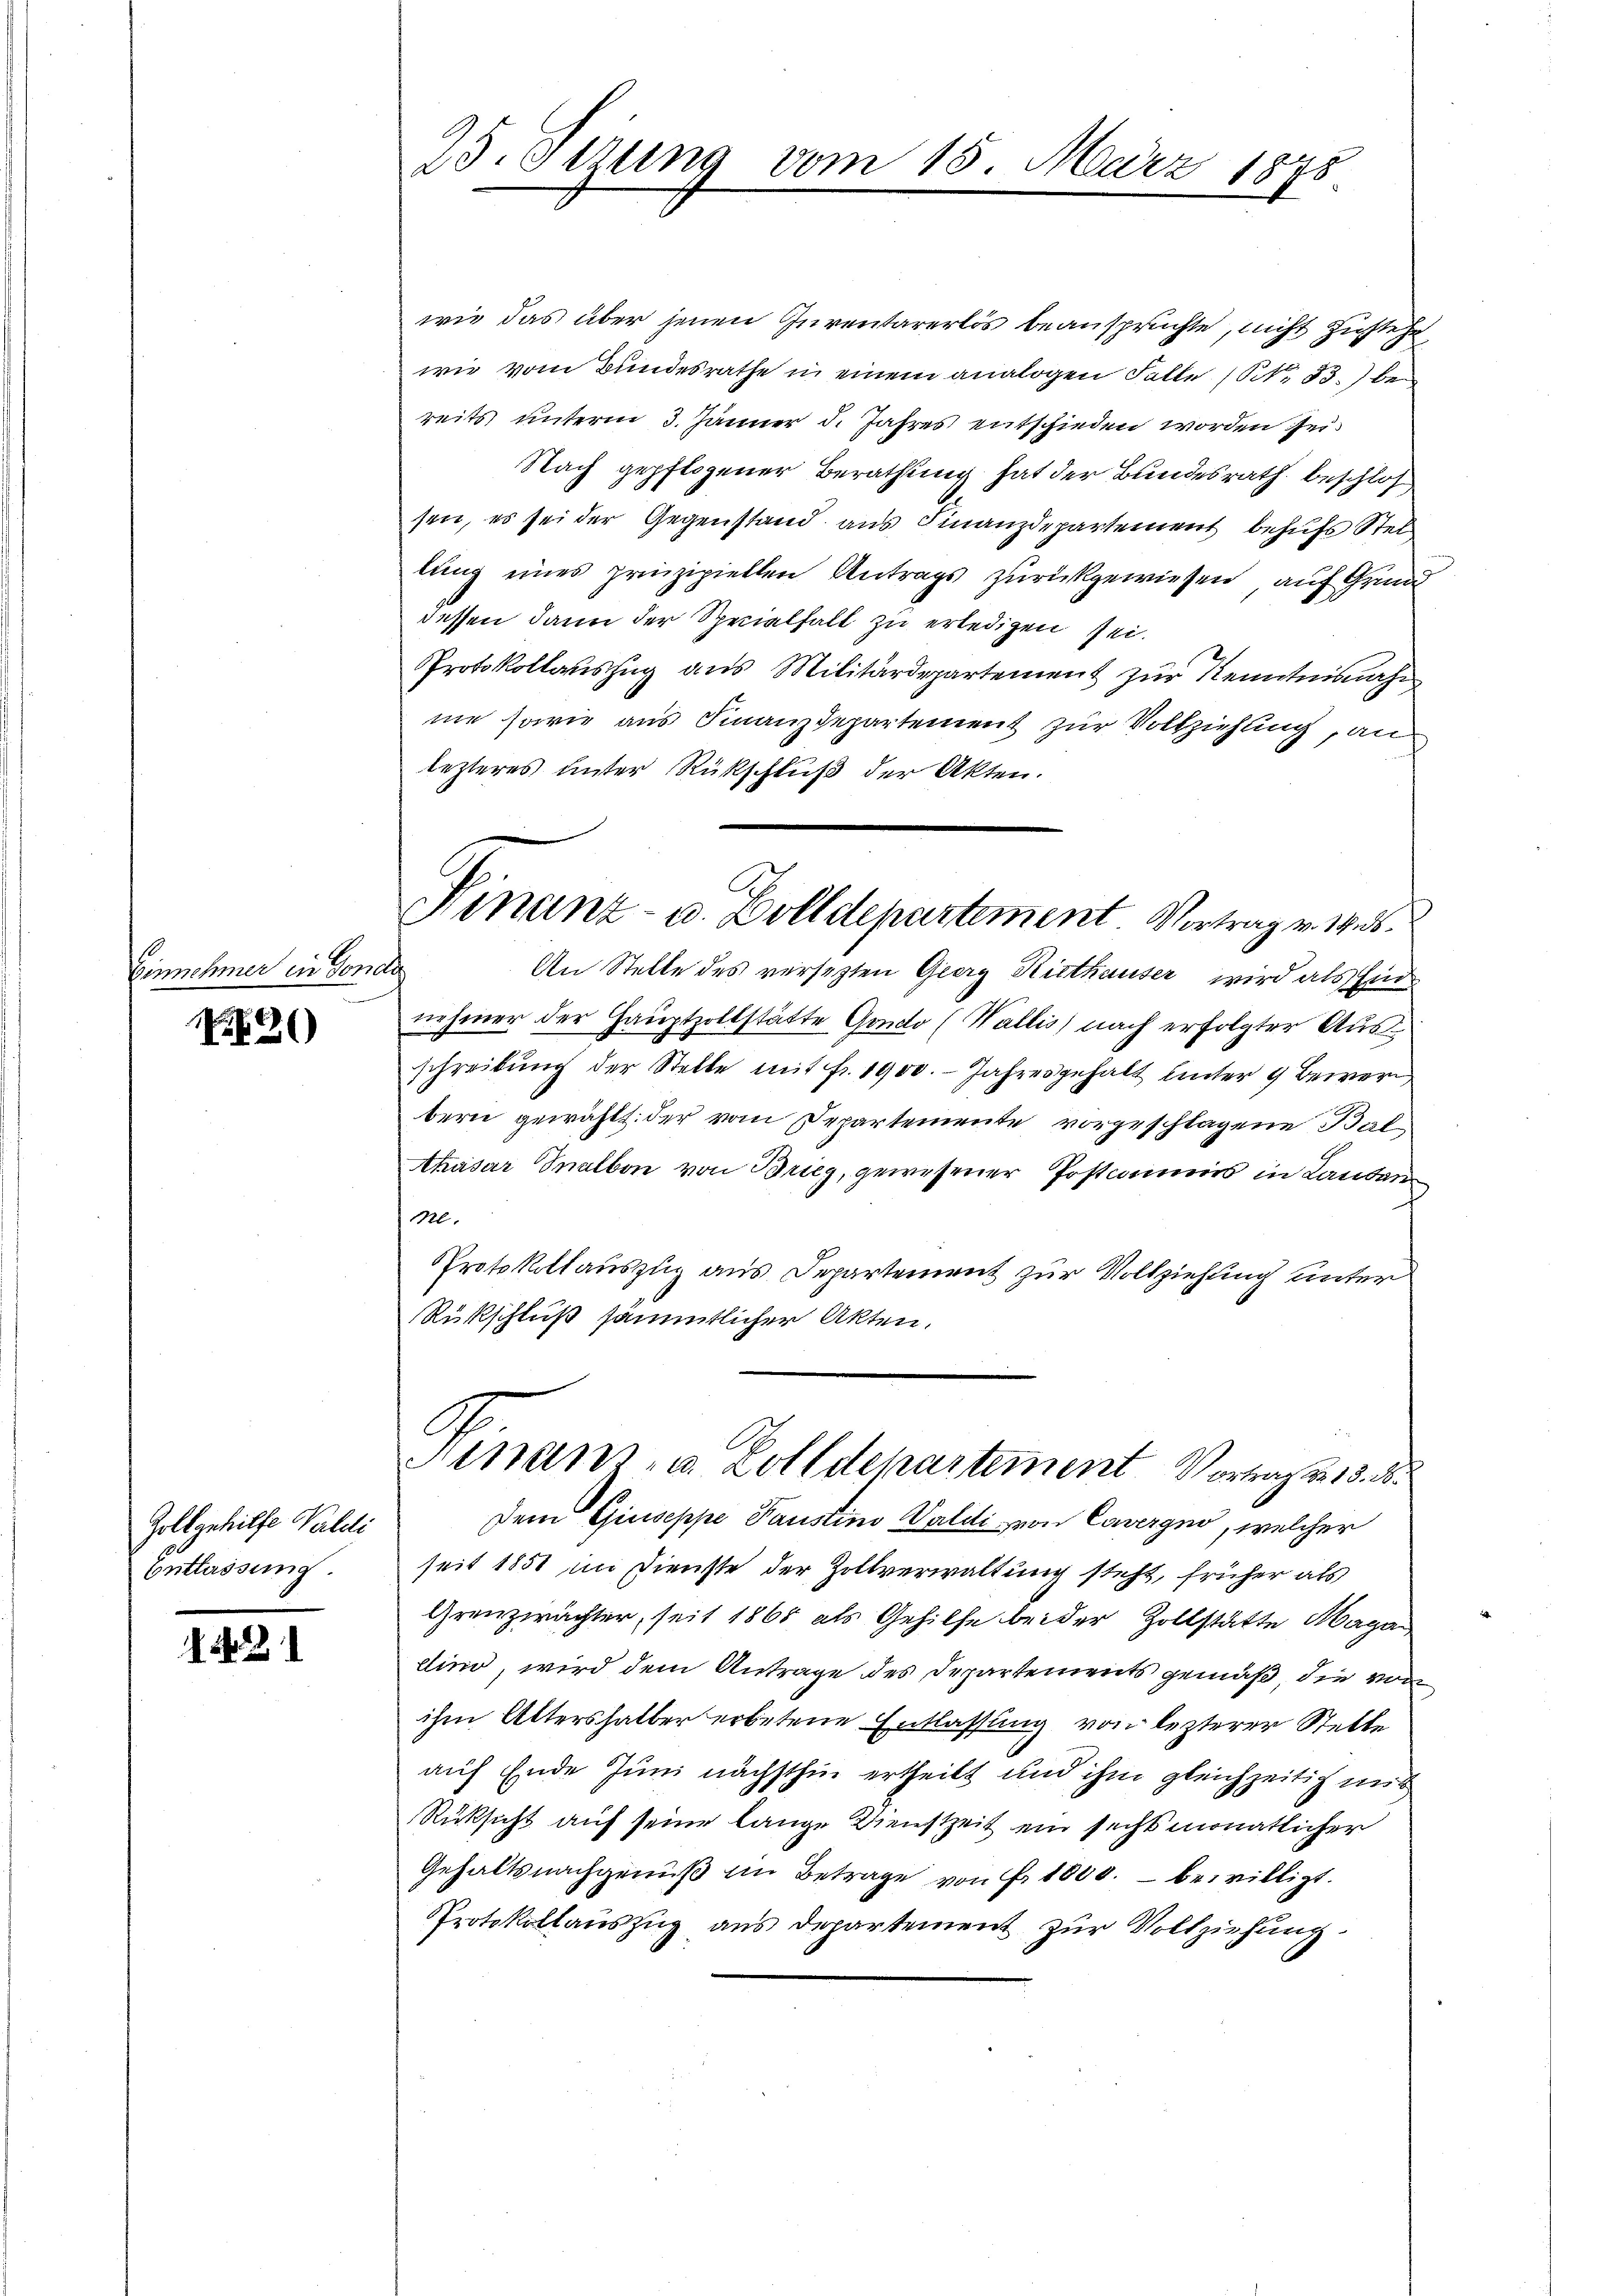
Einnehmer

26)

iin Gonde

Zoll gehilfe Waldi
Entlassung.

Nr. 2

23 Otzung vom 15. März 1878
.

wie das über jenen Inventarerlös beanspruchte, nicht zustehe
wie vom Bundesrathe in einem analogen Falle (S. 33. bereits unterm 3. Jänner d. Jahres entschieden worden sei.
Nach gepflogener Berathung hat der Bundesrath beschlos
sen, es sei der Gegenstand aus Finanzdepartement behufs Stellung eines prinzipiellen Antrags zurückgewiesen, auf Grund
dessen dann der Specialfall zu erledigen sei.
Protokollauszug aus Militärdepartement zur Kenntnisnahm
ne sowie aus Finanzdepartement zur Vollziehung, an
lezteres unter Rückschluß der Akten.
nehmer der Hauptzollstätte Gondo (Wallis nach erfolgter Ausschreibung der Stelle mit fr. 1900. Jahresgehalt unter 9 Bewer
bern gewählt. der vom Departemente vorgeschlagene Bal¬
Khasar Inalbon von Brieg, gewesener Postcommis in Lauben
M.
Protokollauszug aus Departement zur Vollziehung unter
Rückschluß sämmtlicher Akten.
C
Ninanz- u. Zolldepartement Vortrag d. 18. d.
Dem Giuseppe Paustini Valdi von Cavergno, welcher
seit 1851 im Dienste der Zollverwaltung steht, früher als
Grenzprächter, seit 1865 als Gehilfe beider Zollstätte Maga
dino, wird dem Antrage des Departements gemäß, die von
ihm Altershalber erbetene Entlassung von lezterer Stelle
auf Ende Juni nächsthin ertheilt und ihm gleichzeitig mit
Rüksicht auf seine lange Dienstzeit ein sechsmonatlicher
Gehaltsnachgenuß im Betrage von Fr. 1000. bewilligt.
Protokollauszug aus departement zur Vollziehung.

Finanz- u. Zolldepartement Vortrag v. 14. ds.
An Stelle des versezten Georg Riethauser, wird als Ein¬